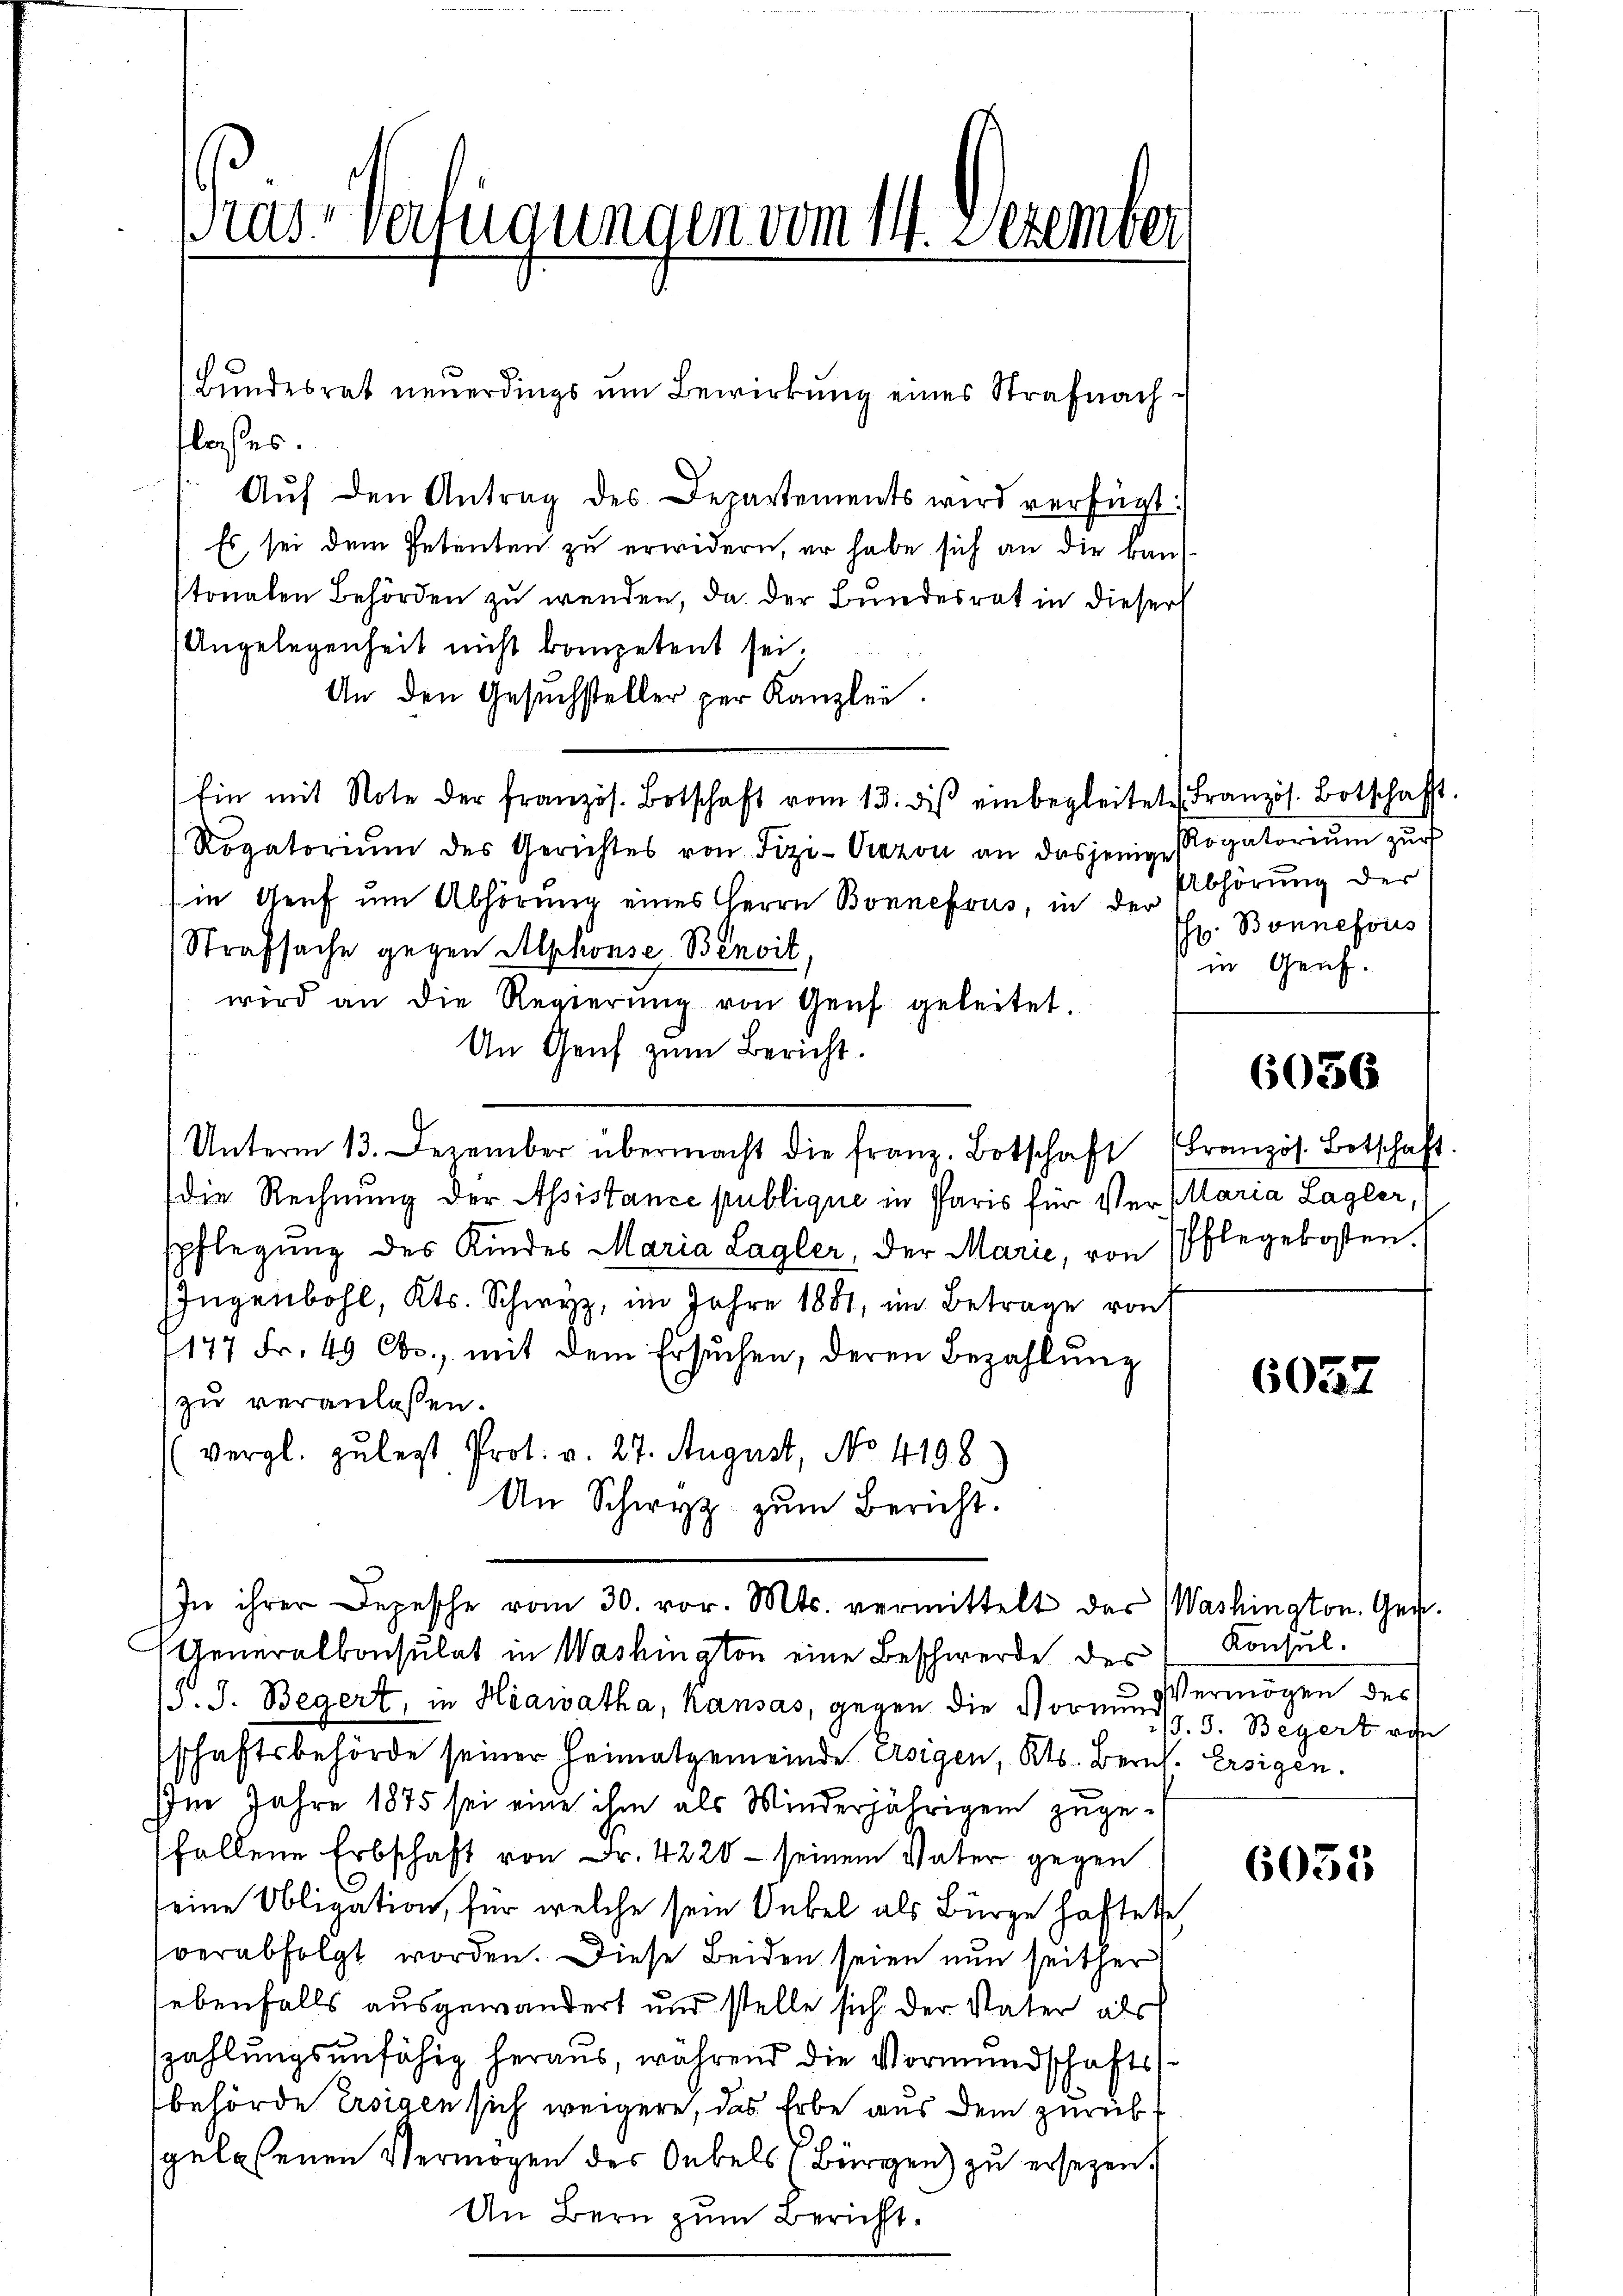
Tras-Verfügungen vom 14. Dezember

floses.
Aŭf den Antrag des Departements wird verfügt:
Es, sei dem Petenten zu erwidern, er habe sich an die Band-
tonalen Behörden zu wenden, da der Bundesrat in dieser
Angelegenheit nicht kompetent sei.
An den Gesŭchsteller per Kanzlei.
Ein mit Note der französ. Botschaft vom 13. des einbegleitet Französ. Botschaft.
Rogatoriŭm des Gerichtes von Fizi-Orazon an dasjenige Rogatoriŭm zŭr
in Genf um Abhörung eines Herrn Bonnefous, in der
Strafsache gegen Alphonse Benoit,
wird an die Regierŭng von Genf geleitet.
An Genf zum Bericht.
Unterm 13. Dezember übermacht die franz. Botschaft (Französ. Botschaft
die Rechnung der Assistance publique in Paris für Ver- Maria Lagler,
spflegung des Kindes Maria Lagler, der Marie, von Pflegekosten.
Jugenbohl, Kts. Schwyz, im Jahre 1881, im Betrage von
1177 Fr. 49 Cbo., mit dem Ersuchen, deren Bezahlŭng
zu veranlassen.
vergl. zulegt Prot. v. 27. August, No 4199.
An Schwyz zum Bericht.
In ihrer Depesche vom 30. vor. Mts. vermittelt das Washington. Ges.
Generalkonsulat in Washington eine Beschwerde des Konsul-
. J. Begert, in Hiawatha, kausas, gegen die Vormund 3. Begert ode
schaftsbehörde seiner Heimatgemeinde Ersigen, Kts. Berns. Ersigen.
Im Jahre 1875 sei eine ihm als Winderjährigen zugefallene Erbschaft von Fr. 4220 - seinem Vater gegen
seine Obligation, für welche sein Onkel als Bürge haftete
verabfolgt worden. Diese Beiden seien nun seither
sebenfalls ausgewandert und stelle sich der Vater als
zahlungsunfähig heraus, während die Vormundschafts-
behörde Ersigen sich weigere, das Erbe aus dem zurükgelesenen Vermögen des Oebels (Bürgen) zu ersetzen.
An Bern zum Bericht.

Bundesrat neuerdings um Bewirkung eines Strafnach¬

Abhörung der
hr. Bonnefois
in Genf.

6056

6032

Vermögen des

6035